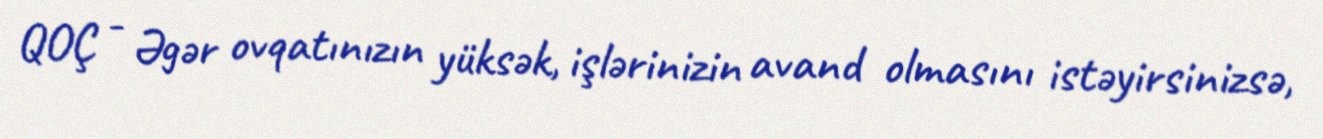
QOÇ - Əgər ovqatınızın yüksək, işlərinizin avand olmasını istəyirsinizsə,